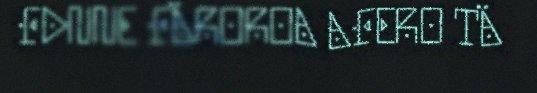
FDNNE FÄROROA AFERO TÄ